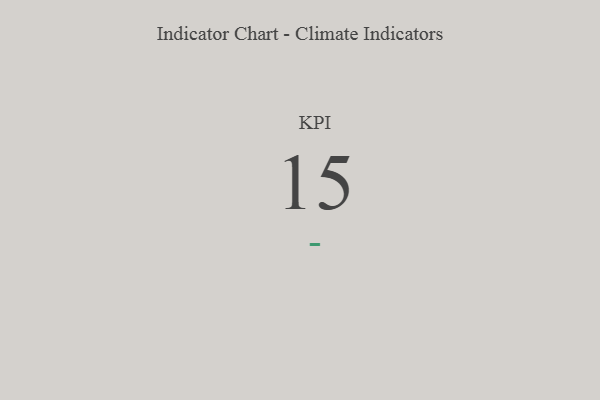
{"axis": {"x": "KPI", "y": "Value"}, "legend": [""], "data": [{"x": "KPI", "y": 15, "type": ""}]}